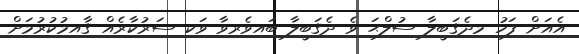
އެއަށް ފަހު މިދެޤަބީލާ ސުލްޙަ ވެ ދެޤަބީލާ ބައިވެރިވާ ވަކި ސަރުކާރެއް ޤާއިމުކުރުމަށް